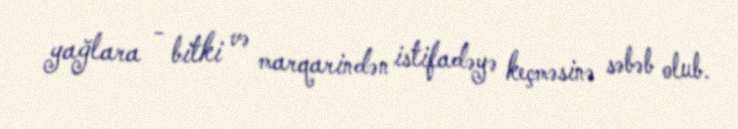
yağlara - bitki və marqarindən istifadəyə keçməsinə səbəb olub.